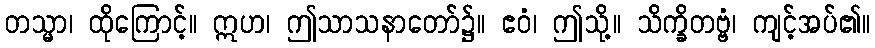
တသ္မာ၊ ထိုကြောင့်။ ဣဟ၊ ဤသာသနာတော်၌။ ဧဝံ၊ ဤသို့။ သိက္ခိတဗ္ဗံ၊ ကျင့်အပ်၏။